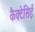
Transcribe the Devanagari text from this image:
कैक्टेसिई